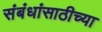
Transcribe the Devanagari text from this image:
संबंधांसाठीच्या